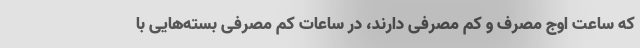
که ساعت اوج مصرف و کم مصرفی دارند، در ساعات کم مصرفی بسته‌هایی با